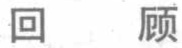
回顾